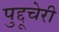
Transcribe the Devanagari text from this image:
पुद्दूचेरी